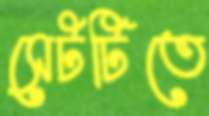
সেটটিতে